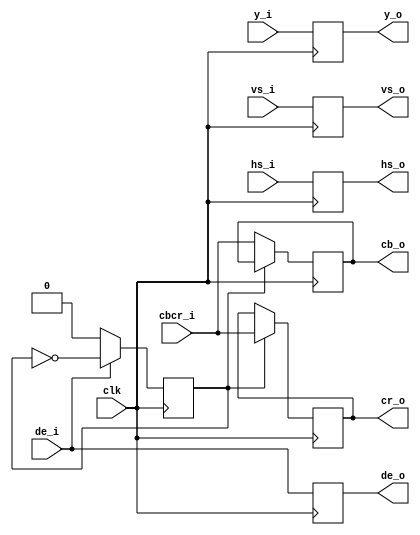
/*******************************************************/
/****                                                  */
/****	*****/
/****                                                  */
/*******************************************************/
/* YCbCr422YCbCr444*/
module YUV422_2YUV444(
	input clk,//
	input[7:0] y_i,//y
	input[7:0] cbcr_i,//cbcr
	input de_i,//
	input hs_i,//
	input vs_i,//
	output reg[7:0] y_o,//y
	output[7:0] cb_o,//Cb
	output[7:0] cr_o,//Cr
	output reg de_o,//
	output reg hs_o,//
	output reg  vs_o//
);

reg flag;//CbCr
reg[7:0] cb = 8'd0,cr = 8'd0;
assign cb_o = cb;
assign cr_o = cr;
always@(posedge clk)
begin
	de_o <= de_i;
	hs_o <= hs_i;
	vs_o <= vs_i;
end

always@(posedge clk)
begin
	if(de_i == 1'b0)
		begin
			flag <= 1'b0;
		end
	else
		begin
			flag <= ~flag;//de,CbCrCb
		end
end
//CbCr
//CbYCrYCbYCrY  --> CbCrYCbCrYCbCrYCbCrY
always@(posedge clk)
begin
	y_o <= y_i;
	if(~flag)
		begin
			cb <= cbcr_i;
			cr <= cr;
		end
	else
		begin
			cb <= cb;
			cr <= cbcr_i;
		end
end
endmodule